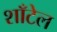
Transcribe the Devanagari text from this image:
शाँटेल